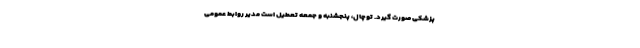
پزشکی صورت گیرد. توچال، پنجشنبه و جمعه تعطیل است مدیر روابط عمومی